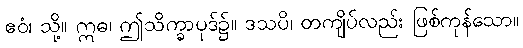
ဧဝံ၊ သို့။ ဣဓ၊ ဤသိက္ခာပုဒ်၌။ ဒသပိ၊ တကျိပ်လည်း ဖြစ်ကုန်သော။